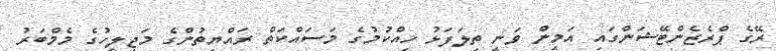
ރޭގެ ޕްރެޒެންޓޭޝަންގައި އަމީން ވަނީ ތިލަފަޅު ހިއްކުމުގެ މަސައްކަތް ރައްޔިތުންގެ މަޖިލީހުގެ މެމްބަރު